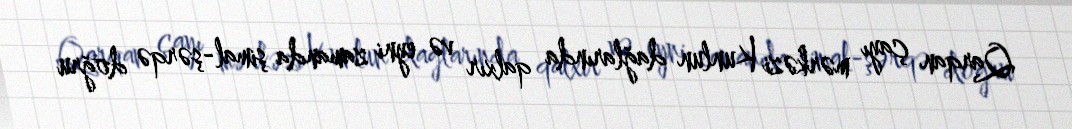
Qarqan çayı mərkəzi Kunlun dağlarında qalxır və eyni zamanda şimal-şərqə doğru